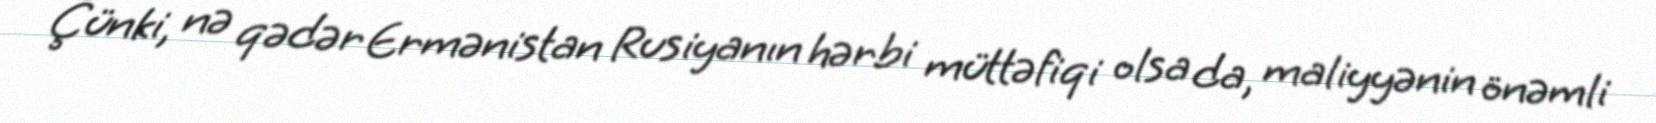
Çünki, nə qədər Ermənistan Rusiyanın hərbi müttəfiqi olsa da, maliyyənin önəmli